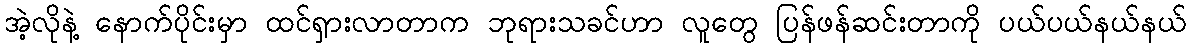
အဲ့လိုနဲ့ နောက်ပိုင်းမှာ ထင်ရှားလာတာက ဘုရားသခင်ဟာ လူတွေ ပြန်ဖန်ဆင်းတာကို ပယ်ပယ်နယ်နယ်